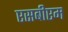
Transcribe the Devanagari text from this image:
एसबीएम